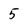
Character: 5